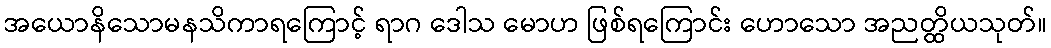
အယောနိသောမနသိကာရကြောင့် ရာဂ ဒေါသ မောဟ ဖြစ်ရကြောင်း ဟောသော အညတ္ထိယသုတ်။